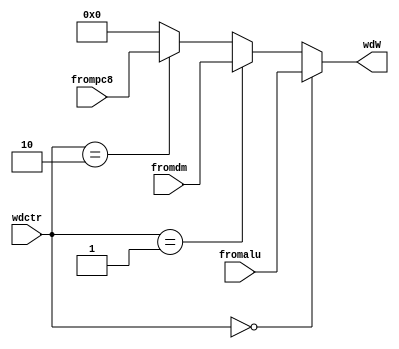
module m_wd(\n\tinput [1:0] wdctr,\n\tinput [31:0] fromalu,\n\tinput [31:0] fromdm,\n\tinput [31:0] frompc8,\n\toutput [31:0] wdW\n\t);\n\tassign wdW = (wdctr==2'b00)?fromalu:\n\t\t\t\t\t\t  (wdctr==2'b01)?fromdm:\n\t\t\t\t\t\t  (wdctr==2'b10)?frompc8:0;\n\n\nendmodule
module m_alu_b(\n\tinput bctr,\n\tinput [31:0] fromrf,\n\tinput [31:0] fromext,\n\toutput [31:0] b\n\t);\n\tassign b = (bctr==0)?fromrf:fromext;\n\t\nendmodule
module mf_alu_a(\n\tinput [31:0] aluoutM,\n\tinput [31:0] wdW,\n\tinput [31:0] rd1E,\n\tinput [31:0] pc8M,\n\tinput [2:0] mf_alu_a_sel,\n\toutput [31:0] alu_a\n\t);\n\tassign alu_a = (mf_alu_a_sel==`Malu)?aluoutM:\n\t\t\t\t\t\t(mf_alu_a_sel==`Wd)?wdW:\n\t\t\t\t\t\t(mf_alu_a_sel==`Mpc)?pc8M:\n\t\t\t\t\t\trd1E;\t\n\t\nendmodule
module mf_alu_b(\n\tinput [31:0] aluoutM,\n\tinput [31:0] wdW,\n\tinput [31:0] rd2E,\n\tinput [31:0] pc8M,\n\tinput [2:0] mf_alu_b_sel,\n\toutput [31:0] alu_b\n\t);\n\tassign alu_b = (mf_alu_b_sel==`Malu)?aluoutM:\n\t\t\t\t\t\t(mf_alu_b_sel==`Wd)?wdW:\n\t\t\t\t\t\t(mf_alu_b_sel==`Mpc)?pc8M:\n\t\t\t\t\t\trd2E;\t\n\t\nendmodule
module mf_d_1(\n\tinput [31:0] aluoutM,\n\tinput [31:0] pc8E,\n\tinput [31:0] pc8M,\n\tinput [31:0] wdW,\n\tinput [31:0] rd1,\n\tinput [2:0] mf_d_1_sel,\n\toutput [31:0] d_1\n\t);\n\tassign d_1 = (mf_d_1_sel==`Malu)?aluoutM:\n\t\t\t\t\t\t(mf_d_1_sel==`Wd)?wdW:\n\t\t\t\t\t\t(mf_d_1_sel==`Mpc)?pc8M:\n\t\t\t\t\t\trd1;\t\n\t\nendmodule
module mf_d_2(\n\tinput [31:0] aluoutM,\n\tinput [31:0] pc8E,\n\tinput [31:0] pc8M,\n\tinput [31:0] wdW,\n\tinput [31:0] rd2,\n\tinput [2:0] mf_d_2_sel,\n\toutput [31:0] d_2\n\t);\n\tassign d_2 = (mf_d_2_sel==`Malu)?aluoutM:\n\t\t\t\t\t\t(mf_d_2_sel==`Wd)?wdW:\n\t\t\t\t\t\t(mf_d_2_sel==`Mpc)?pc8M:\n\t\t\t\t\t\trd2;\t\n\t\nendmodule
module mf_dmi(\n\tinput [31:0] wdW,\n\tinput [31:0] dmM,\n\tinput [2:0] mf_dmi_sel,\n\toutput [31:0] dmi\n\t);\n\tassign dmi = (mf_dmi_sel==`Wd)?wdW:\n\t\t\t\t\t dmM;\t\n\t\nendmodule